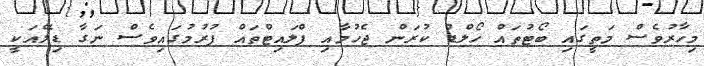
މިހާރުވެސް މަތީގައި ބޯޓުތައް ހޯލްޑް ކުރަން ޖެހުމާއި ފްލައިޓްތައް ފުރުމުގައިވެސް ނަގާ ޑިލޭއަކީ